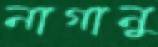
নাগানু